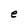
Character: e